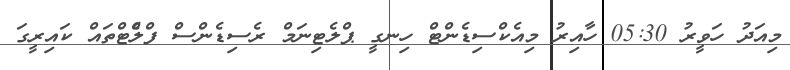
މިއަދު ހަވީރު 05:30 ހާއިރު މިއެކްސިޑެންޓް ހިނގީ ޕްލެޓިނަމް ރެސިޑެންސް ފްލެްޓްތައް ކައިރީގަ